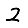
Digit: 2